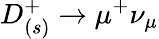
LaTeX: D_{(s)}^{+}\to\mu^{+}\nu_{\mu}